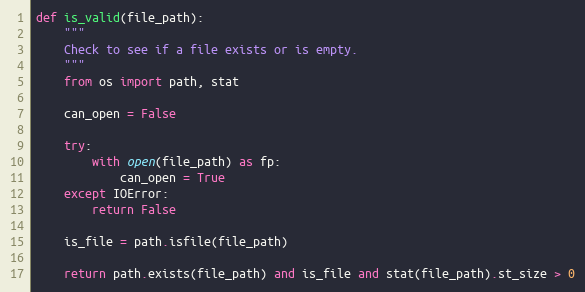
Language: Python
def is_valid(file_path):
    """
    Check to see if a file exists or is empty.
    """
    from os import path, stat

    can_open = False

    try:
        with open(file_path) as fp:
            can_open = True
    except IOError:
        return False

    is_file = path.isfile(file_path)

    return path.exists(file_path) and is_file and stat(file_path).st_size > 0